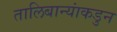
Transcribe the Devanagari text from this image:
तालिबान्यांकडुन